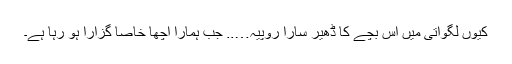
کیوں لگواتی میں اس بچے کا ڈھیر سارا روپیہ….. جب ہمارا اچھا خاصا گزارا ہو رہا ہے۔